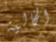
الخالية